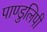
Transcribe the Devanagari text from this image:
पाण्डुलिपी